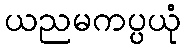
ယညမကပ္ပယုံ